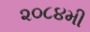
૨૦૮૪મી